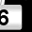
Digit: 6